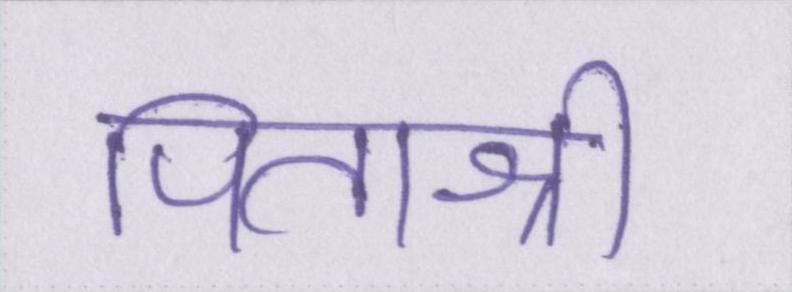
पिताश्री